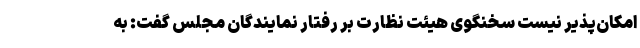
امکان‌پذیر نیست سخنگوی هیئت نظارت بر رفتار نمایندگان مجلس گفت: به